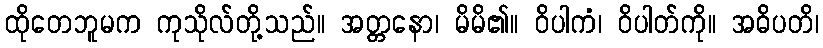
ထိုတေဘူမက ကုသိုလ်တို့သည်။ အတ္တနော၊ မိမိ၏။ ဝိပါကံ၊ ဝိပါတ်ကို။ အဓိပတိ၊